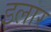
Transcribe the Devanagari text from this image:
इलार